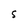
Character: S